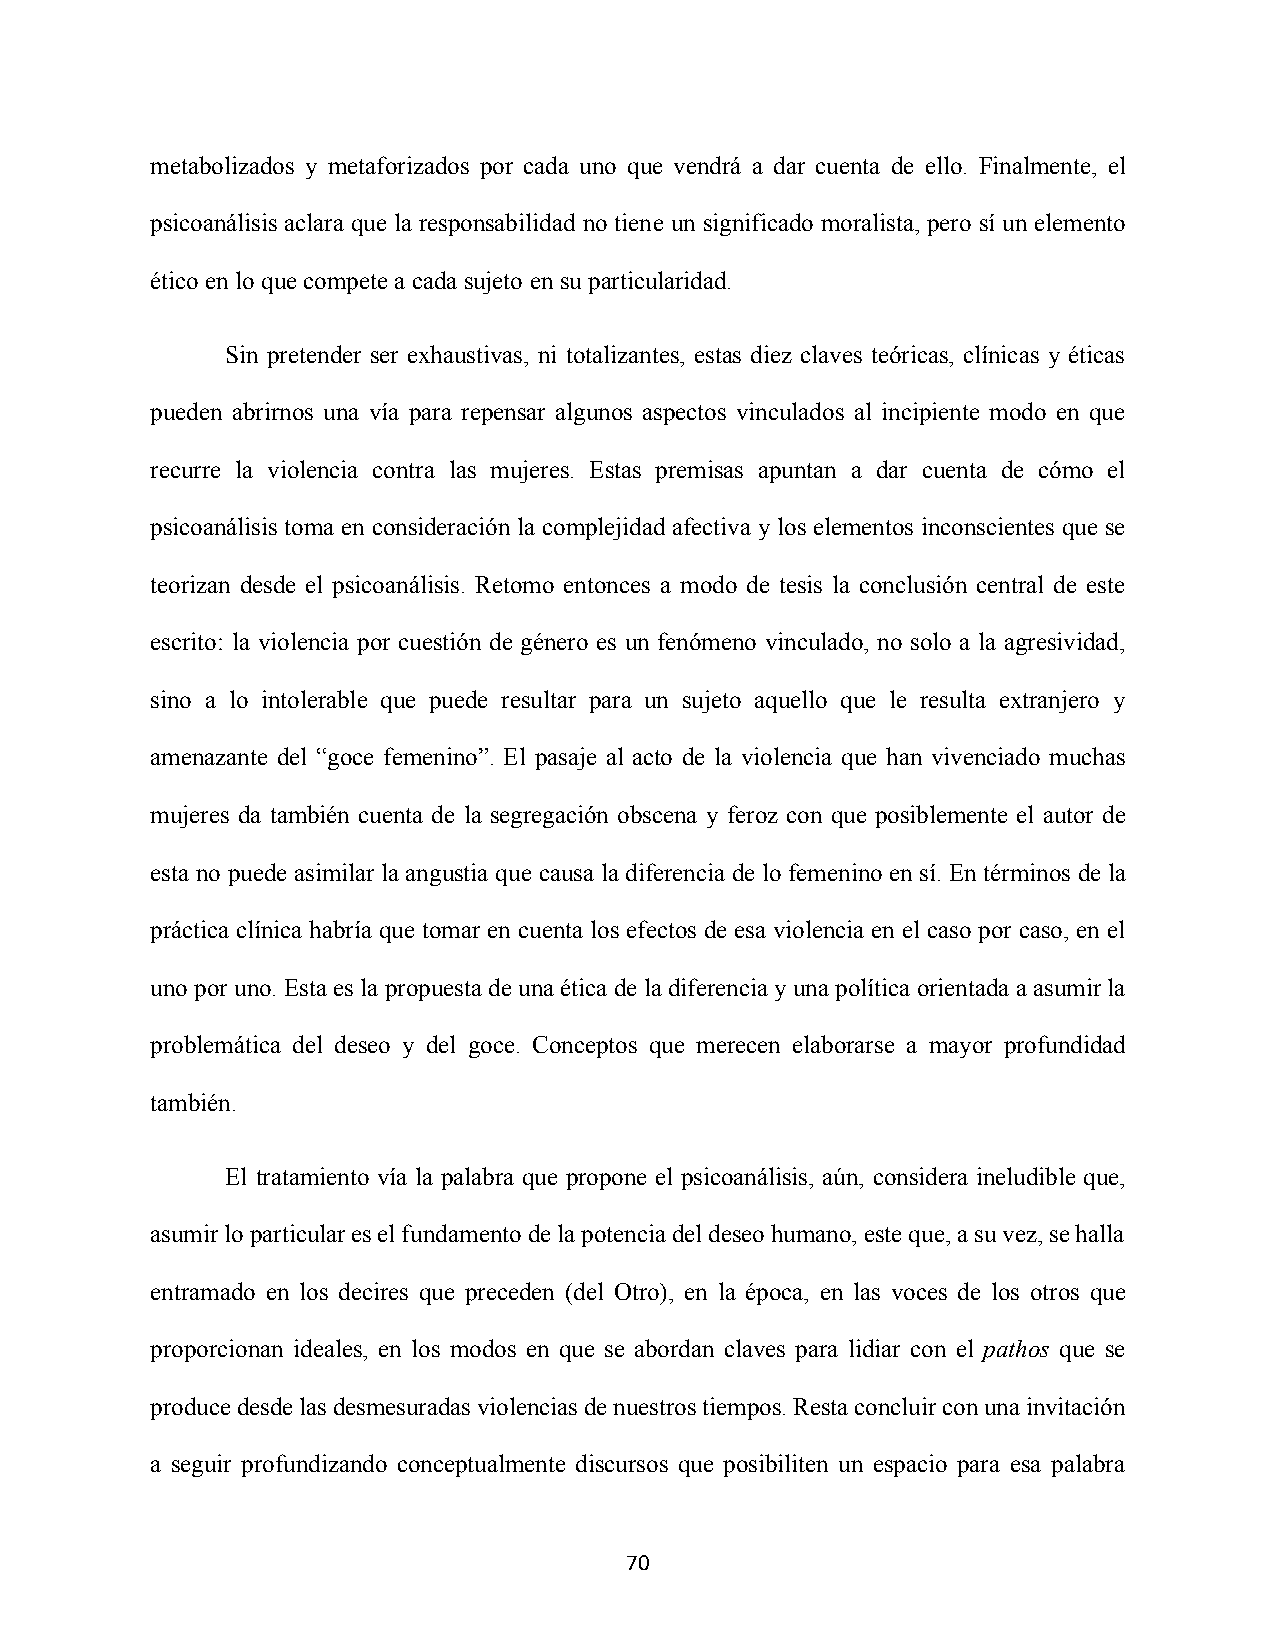
metabolizados y metaforizados por cada uno que vendrá a dar cuenta de ello. Finalmente, el
 psicoanálisis aclara que la responsabilidad no tiene un significado moralista, pero sí un elemento
 ético en lo que compete a cada sujeto en su particularidad.
 Sin pretender ser exhaustivas, ni totalizantes, estas diez claves teóricas, clínicas y éticas
 pueden abrirnos una vía para repensar algunos aspectos vinculados al incipiente modo en que
 recurre la violencia contra las mujeres. Estas premisas apuntan a dar cuenta de cómo el
 psicoanálisis toma en consideración la complejidad afectiva y los elementos inconscientes que se
 teorizan desde el psicoanálisis. Retomo entonces a modo de tesis la conclusión central de este
 escrito: la violencia por cuestión de género es un fenómeno vinculado, no solo a la agresividad,
 sino a lo intolerable que puede resultar para un sujeto aquello que le resulta extranjero y
 amenazante del “goce femenino”. El pasaje al acto de la violencia que han vivenciado muchas
 mujeres da también cuenta de la segregación obscena y feroz con que posiblemente el autor de
 esta no puede asimilar la angustia que causa la diferencia de lo femenino en sí. En términos de la
 práctica clínica habría que tomar en cuenta los efectos de esa violencia en el caso por caso, en el
 uno por uno. Esta es la propuesta de una ética de la diferencia y una política orientada a asumir la
 problemática del deseo y del goce. Conceptos que merecen elaborarse a mayor profundidad
 también.
 El tratamiento vía la palabra que propone el psicoanálisis, aún, considera ineludible que,
 asumir lo particular es el fundamento de la potencia del deseo humano, este que, a su vez, se halla
 entramado en los decires que preceden (del Otro), en la época, en las voces de los otros que
 proporcionan ideales, en los modos en que se abordan claves para lidiar con el pathos que se
 produce desde las desmesuradas violencias de nuestros tiempos. Resta concluir con una invitación
 a seguir profundizando conceptualmente discursos que posibiliten un espacio para esa palabra
 70